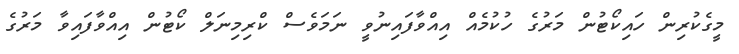
މީގެކުރިން ހައިކޯޓުން މަރުގެ ހުކުމެއް އިއްވާފައިނުވީ ނަމަވެސް ކްރިމިނަލް ކޯޓުން އިއްވާފައިވާ މަރުގެ